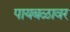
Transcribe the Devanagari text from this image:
पायबळावर